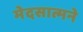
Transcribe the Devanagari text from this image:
मेदसात्मने